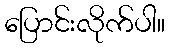
ပြောင်းလိုက်ပါ။